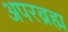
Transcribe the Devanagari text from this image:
अपरब्रह्म